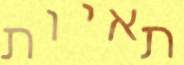
תאיות